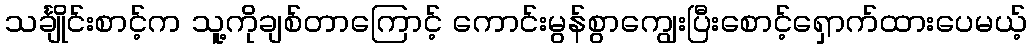
သင်္ချိုင်းစာင့်က သူ့ကိုချစ်တာကြောင့် ကောင်းမွန်စွာကျွေးပြီးစောင့်ရှောက်ထားပေမယ့်